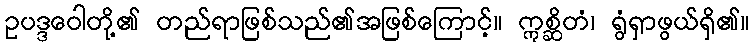
ဥပဒ္ဒဝေါတို့၏ တည်ရာဖြစ်သည်၏အဖြစ်ကြောင့်။ ဣစ္ဆိတံ၊ ရွံရှာဖွယ်ရှိ၏။